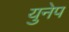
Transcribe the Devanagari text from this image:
युनेप